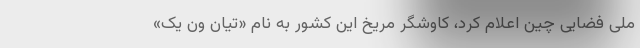
ملی فضایی چین اعلام کرد، کاوشگر مریخ این کشور به نام «تیان ون یک»